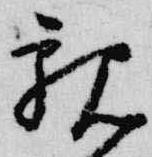
親